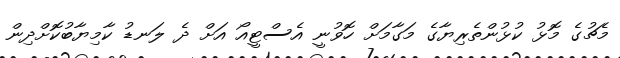
މެޗުގެ މޮޅު ކުޅުންތެރިޔާގެ މަގާމަށް ހޮވުނީ އެސްޓީއޯ އަށް ދެ ލަނޑު ކާމިޔާބުކޮށްދިން